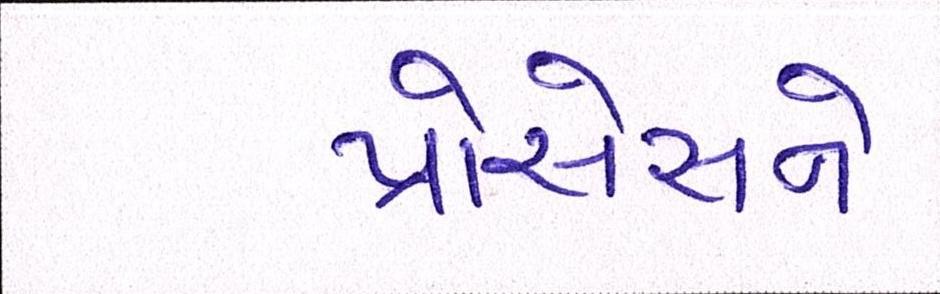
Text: પ્રોસેસને